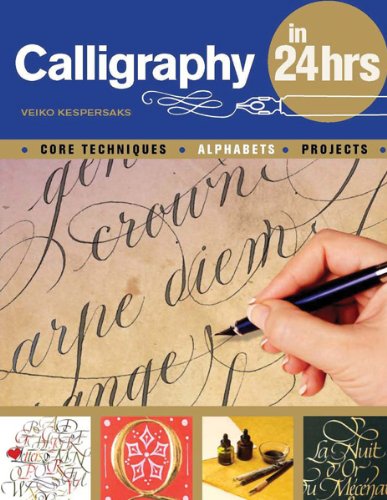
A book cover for Calligraphy in 24 Hours; Veiko Kespersaks; Arts & Photography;